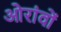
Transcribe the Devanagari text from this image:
ओरांवों